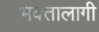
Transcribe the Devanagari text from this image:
भक्‍तालागी